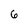
Character: 6